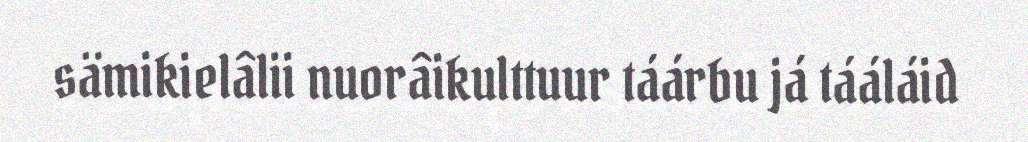
sämikielâlii nuorâikulttuur táárbu já tááláid